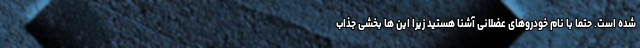
شده است. حتما با نام خودروهای عضلانی آشنا هستید زیرا این ها بخشی جذاب